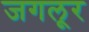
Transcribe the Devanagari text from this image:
जगलूर